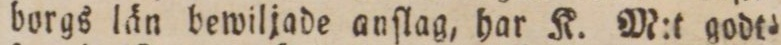
borgs län bewiljade anſlag, har K. M:t godt=